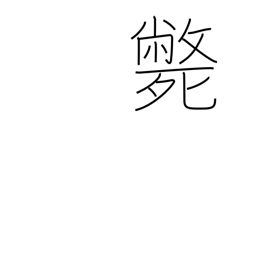
Meaning: die violent death